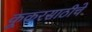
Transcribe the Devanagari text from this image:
कूकरसाठीचे